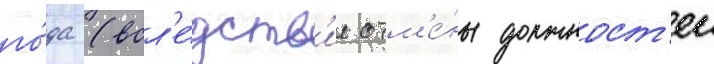
го́да (всл'е́дств'ие отм'е́ны должност'еи